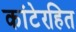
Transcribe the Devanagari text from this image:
कांटेरहित